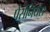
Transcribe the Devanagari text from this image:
पेसेनियस